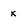
Character: x